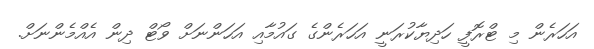
އަހަރެން މި ޓްރޮފީ ހަދިޔާކުރަނީ އަހަރެންގެ ގައުމާއި އަހަންނަށް ވޯޓް ދިން އެއްމެންނަށް.